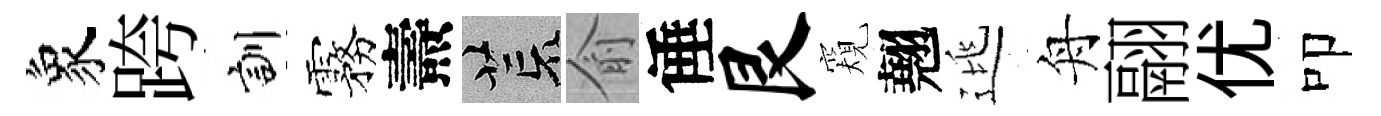
象跨訓霧燾荒俞倕艮窺翹逃舟翮优叩